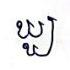
ឃ្ឃ